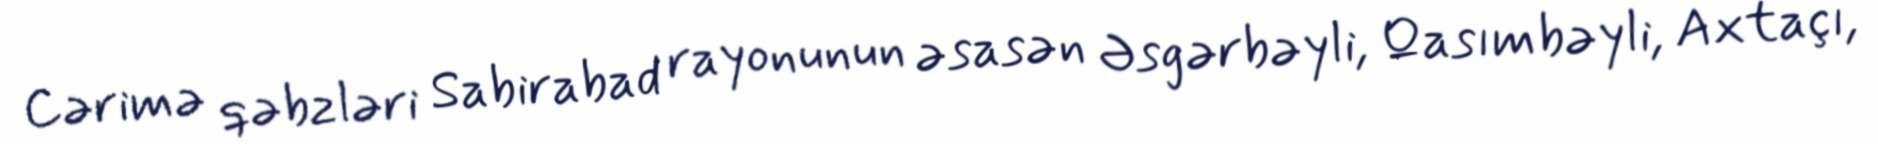
Cərimə qəbzləri Sabirabad rayonunun əsasən Əsgərbəyli, Qasımbəyli, Axtaçı,